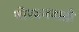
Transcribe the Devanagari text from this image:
बोरबनवाडी